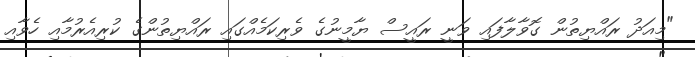
"މިއަދު ރައްޔިތުން ގޮވާލާފައި ވަނީ ރައީސް ޔާމީނުގެ ވެރިކަމެއްގައި ރައްޔިތުންގެ ކުރިއެރުމާއި ހެވާއި